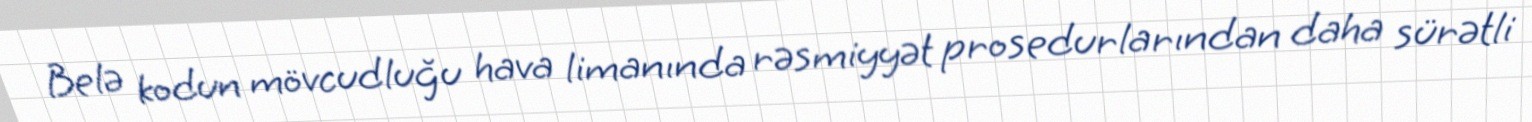
Belə kodun mövcudluğu hava limanında rəsmiyyət prosedurlarından daha sürətli